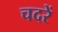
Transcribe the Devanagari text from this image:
चदरें